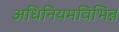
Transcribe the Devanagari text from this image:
अधिनियमविभिन्न